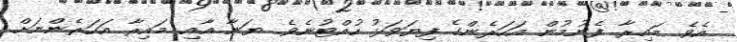
އެވެ. މައިރާ ފެނުމުން އަހަރެންގެ ފިޔަވަޅު ހުއްޓުނެވެ. ޔަނާ އާއި މައިރާ އަހަރެންނަށް